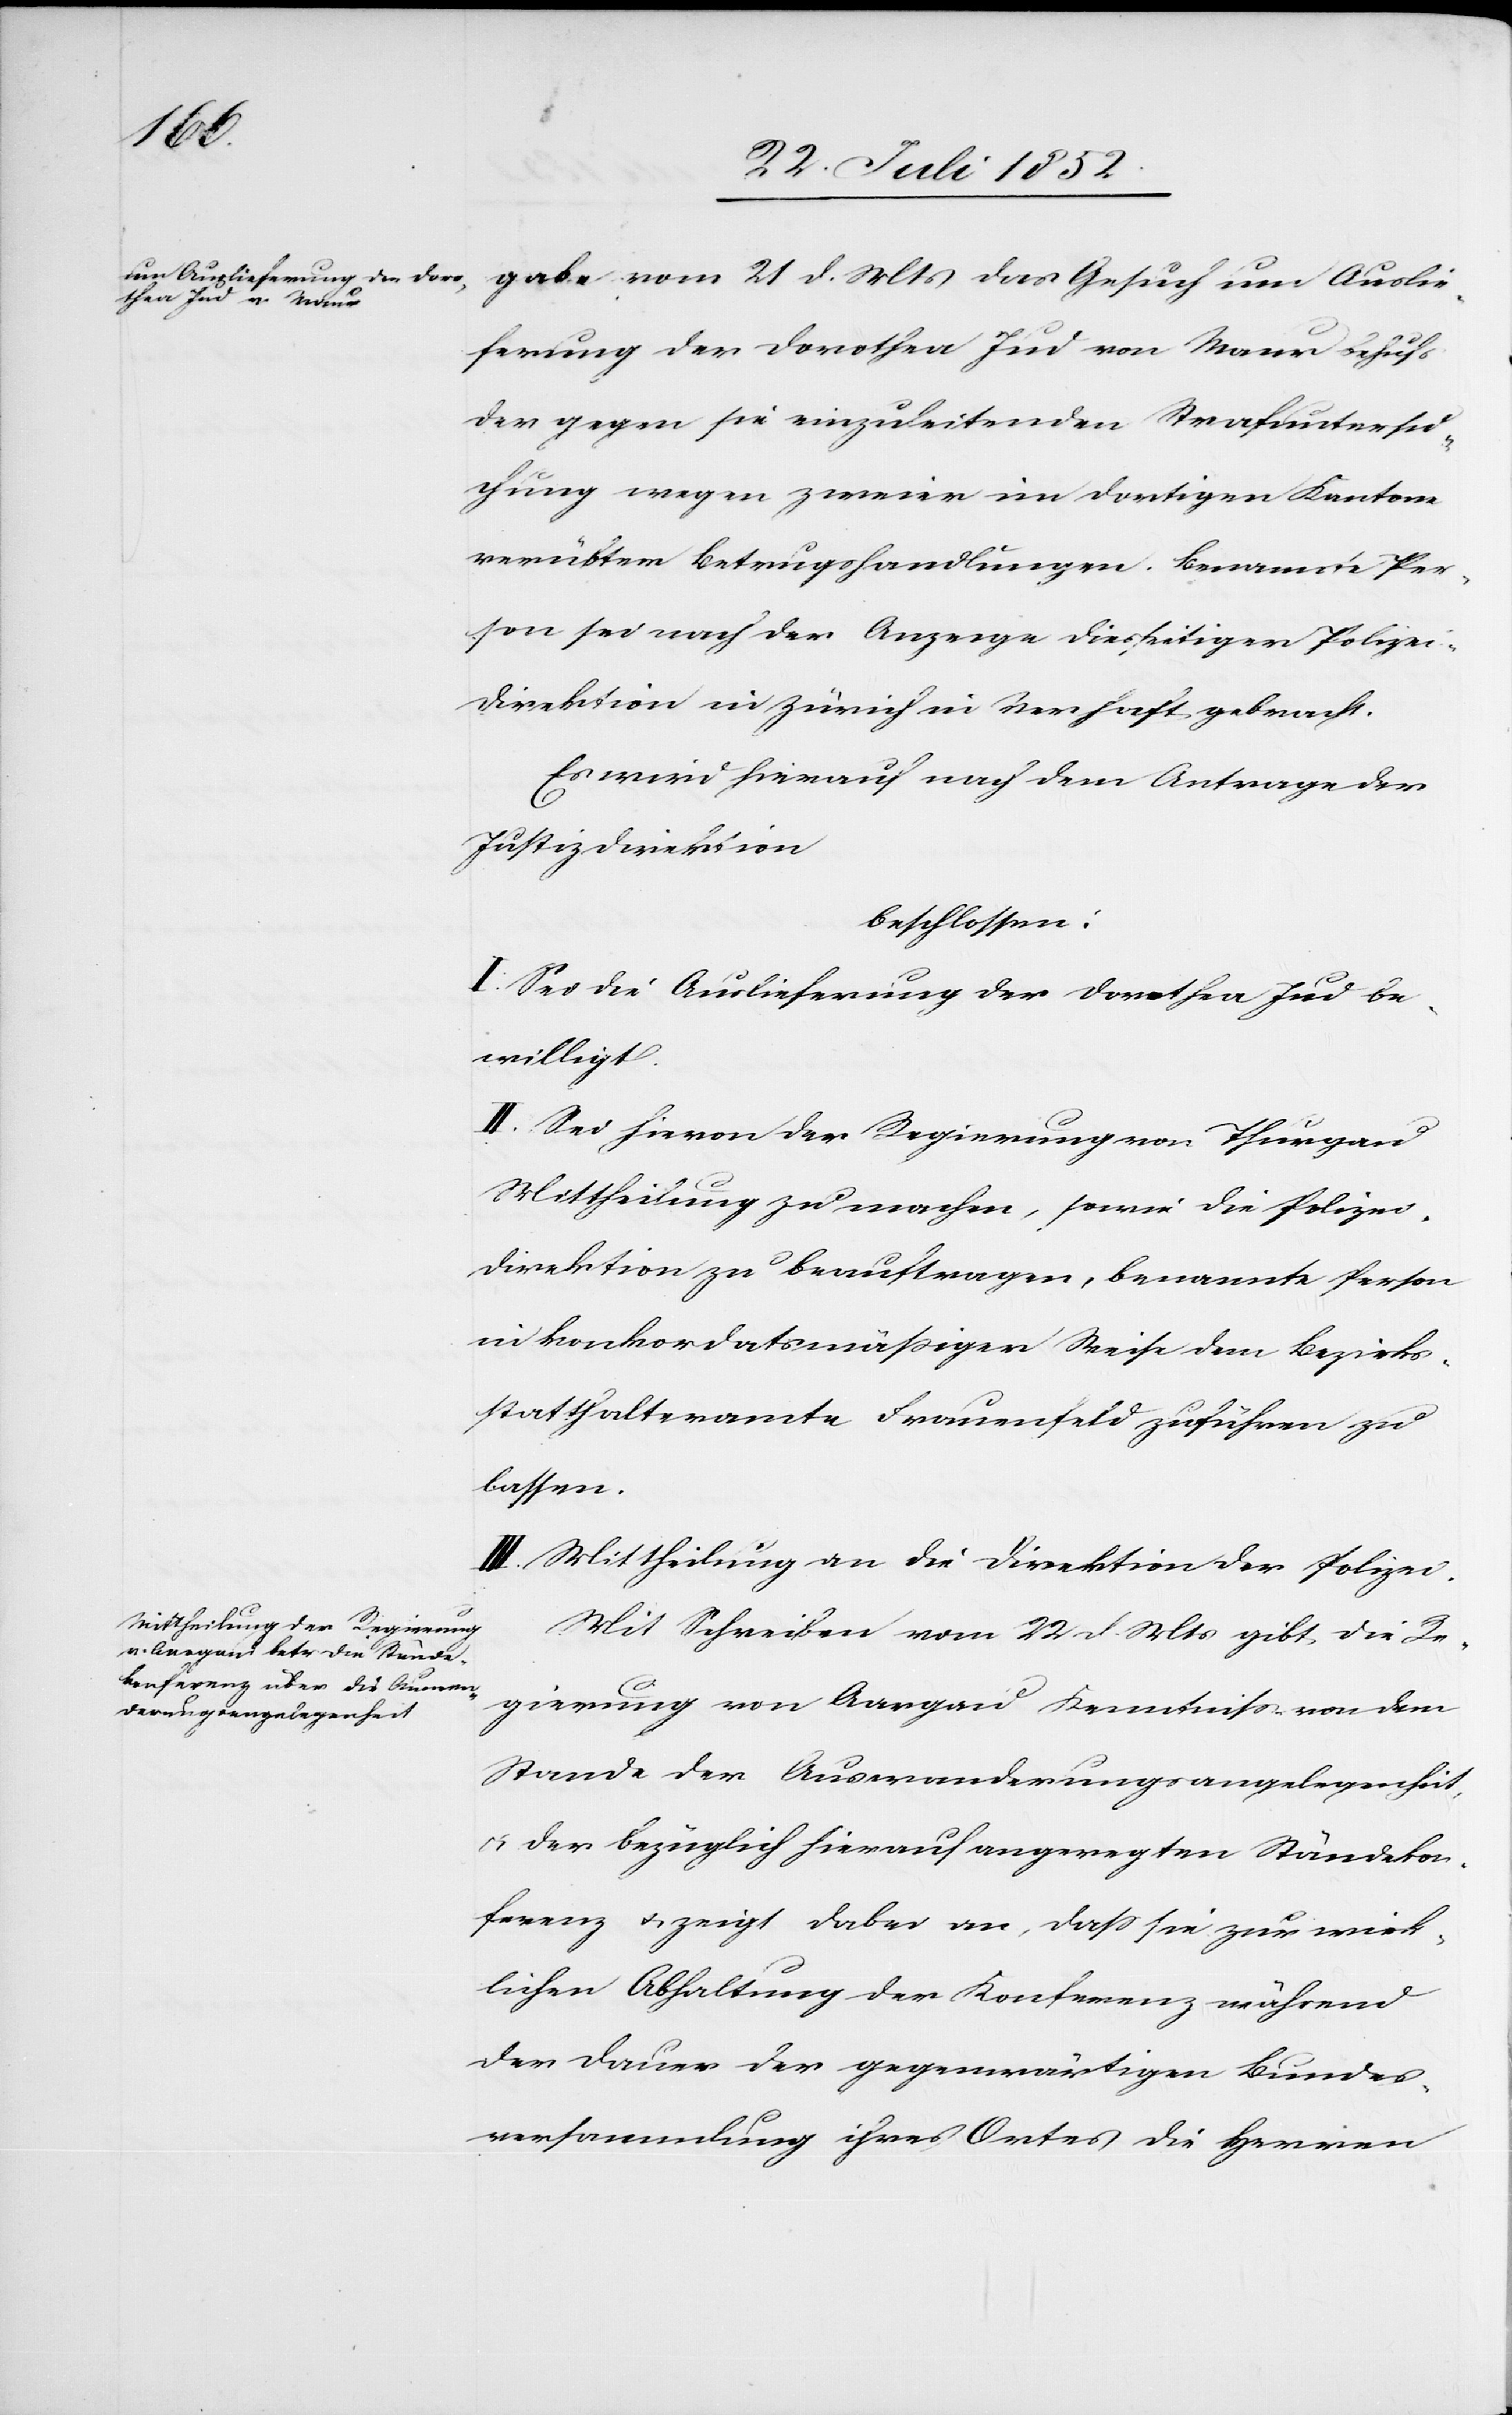
1852.]
ferung der Dorothea Jud von Maur Behufs
der gegen sie einzuleitenden Strafuntersu¬
chung wegen zweier im dortigen Kantone
verübtem [sic!] Betrugshandlungen. Benannte Per¬
son sei nach der Anzeige diesseitiger Polizei¬
direktion in Zürich in Verhaft gebracht.
Es wird hierauf nach dem Antrage der
Justizdirektion
beschlossen:
I. Sei die Auslieferung der Dorothea Jud be¬
willigt.
II. Sei hievon der Regierung von Thurgau
Mittheilung zu machen, sowie die Polizei¬
direktion zu beauftragen, benannte Person
in konkordatsmäßiger Weise dem Bezirks¬
statthalteramte Frauenfeld zuführen zu
lassen.
III. Mittheilung an die Direktion der Polizei.
Mit Schreiben vom 22 d. Mts gibt die Re¬
gierung von Aargau Kenntniss von dem
Stande der Auswanderungsangelegenheit,
& der bezüglich hierauf angeregten Ständekon¬
ferenz & zeigt dabei an, dass sie zur wirk¬
lichen Abhaltung der Konferenz während
der Dauer der gegenwärtigen Bundes¬
versammlung ihres Ortes die Herren